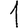
Digit: 1